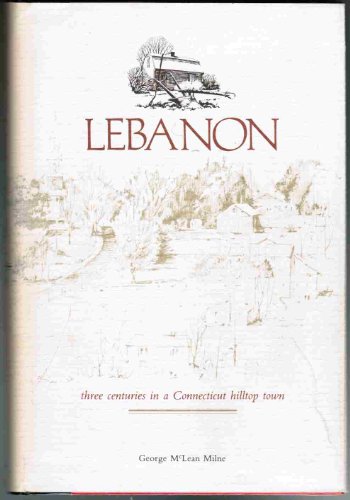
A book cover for Lebanon: Three Centuries in a Connecticut Hilltop Town; George McLean Lilne; History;